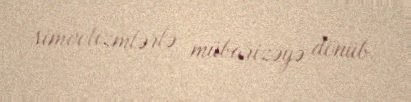
simvolizmlərlə mübarizəyə dönüb.